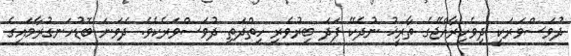
ދުވަސްވަރަކީ ދިވެހިރާއްޖޭގެ ތާރީޚު ނުދެކޭ ފަދަ ބިރުވެރި ހިތްދަތި ދުވަސްވަރެކެވެ. ދެވަނަ ބޮޑުހަނގުރާމައިގެ